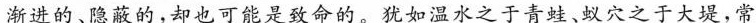
渐进的、隐蔽的，却也可能是致命的。犹如温水之于青蛙、蚁穴之于大堤，常